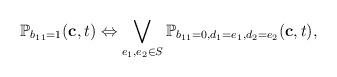
LaTeX: \begin{align*}\mathbb{P}_{b_{11} = 1}(\mathbf{c}, t) \Leftrightarrow \bigvee_{e_1, e_2 \in S} \mathbb{P}_{b_{11} = 0, d_1 = e_1, d_2 = e_2}(\mathbf{c}, t),\end{align*}